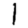
Digit: 1